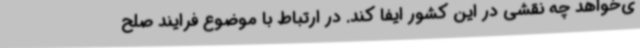
ی‌خواهد چه نقشی در این کشور ایفا کند. در ارتباط با موضوع فرایند صلح